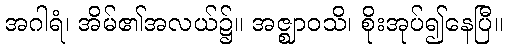
အဂါရံ၊ အိမ်၏အလယ်၌။ အဇ္ဈာဝသိ၊ စိုးအုပ်၍နေပြီ။